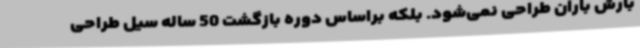
بارش باران طراحی نمی‌شود. بلکه براساس دوره بازگشت 50 ساله سیل طراحی